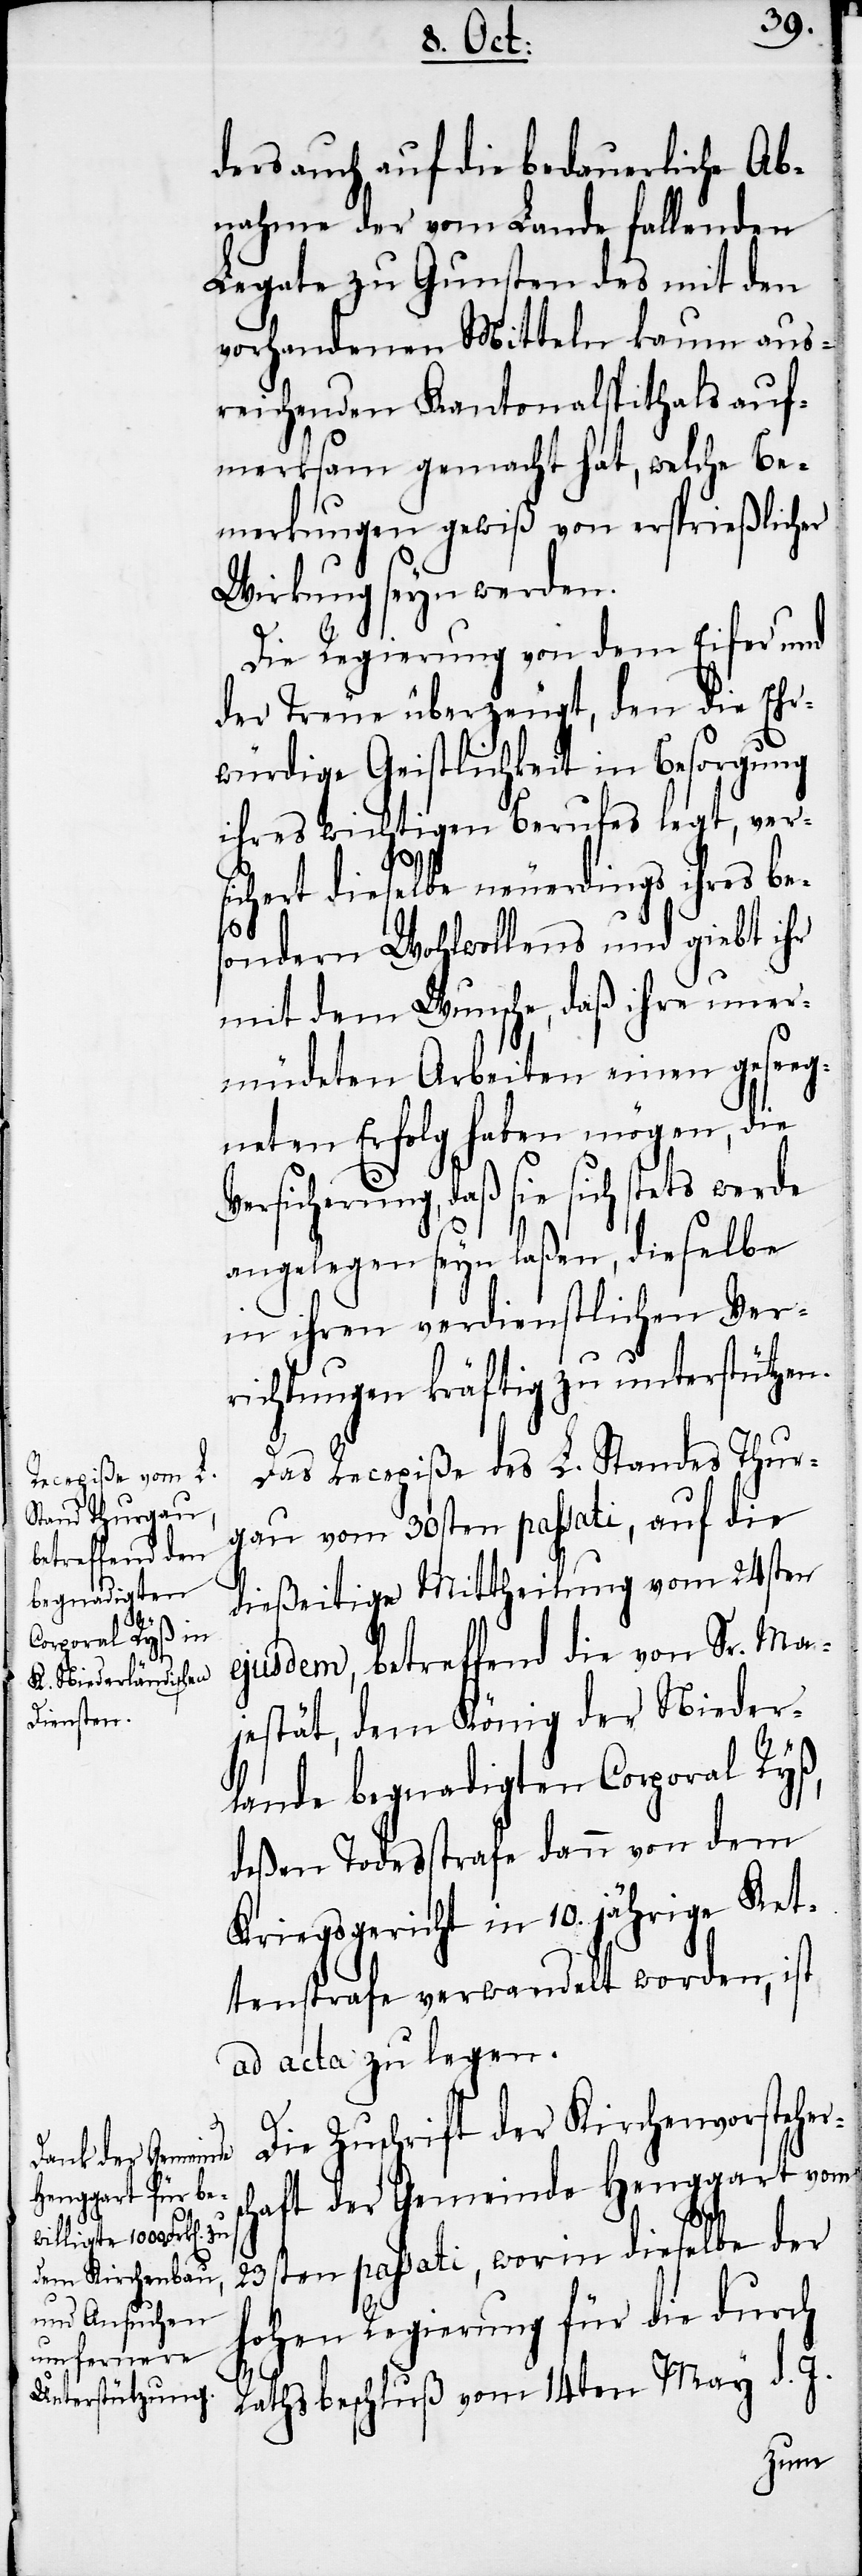
ders auch auf die bedauerliche Ab¬
nahme der vom Lande fallenden
Legate zu Gunsten des mit den
vorhandenen Mitteln kaum aus¬
reichenden Kantonalspithals auf¬
merksam gemacht hat, welche Be¬
merkungen gewiß von ersprießlicher
Wirkung seyn werden.
Die Regierung von dem Eifer und
der Treue überzeugt, den die Ehr¬
würdige Geistlichkeit in Besorgung
ihres wichtigen Berufes legt, vers¬
ichert dieselbe neuerdings ihres be¬
sondern Wohlwollens und giebt ihr
mit dem Wunsche, das ihre uner¬
müdeten Arbeiten einen geseeg¬
neten Erfolg haben mögen, die
Versicherung, daß sie sich stets werde
angelegen seyn laßen, dieselbe
in ihren verdienstlichen Ver¬
richtungen kräftig zu unterstützen.
Das Recepiße des L. Standes Thur¬
gau vom 30sten passati, auf die
dießeitige Mittheilung vom 24sten
ejusdem, betreffend die von Sr. Ma¬
jestät, dem König der Nieder¬
lande begnadigten Corporal Ryß,
deßen Todesstrafe dann von dem
Kriegsgericht in 10. jährige Ket¬
tenstrafe verwandelt worden, ist
ad acta zu legen.
Die Zuschrift der Kirchenvorstehers¬
chaft der Gemeinde Henggart vom
23sten passati, worin dieselbe der
hohen Regierung für die durch
Rathsbeschluß vom 14ten May d. J.